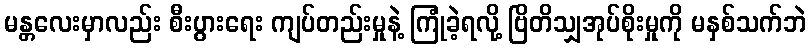
မန္တလေးမှာလည်း စီးပွားရေး ကျပ်တည်းမှုနဲ့ ကြုံခဲ့ရလို့ ဗြိတိသျှအုပ်စိုးမှုကို မနှစ်သက်ဘဲ